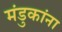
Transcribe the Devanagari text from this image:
मंडुकांना